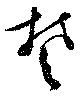
楚